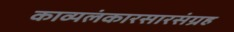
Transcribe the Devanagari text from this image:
काव्यलंकारसारसंग्रह